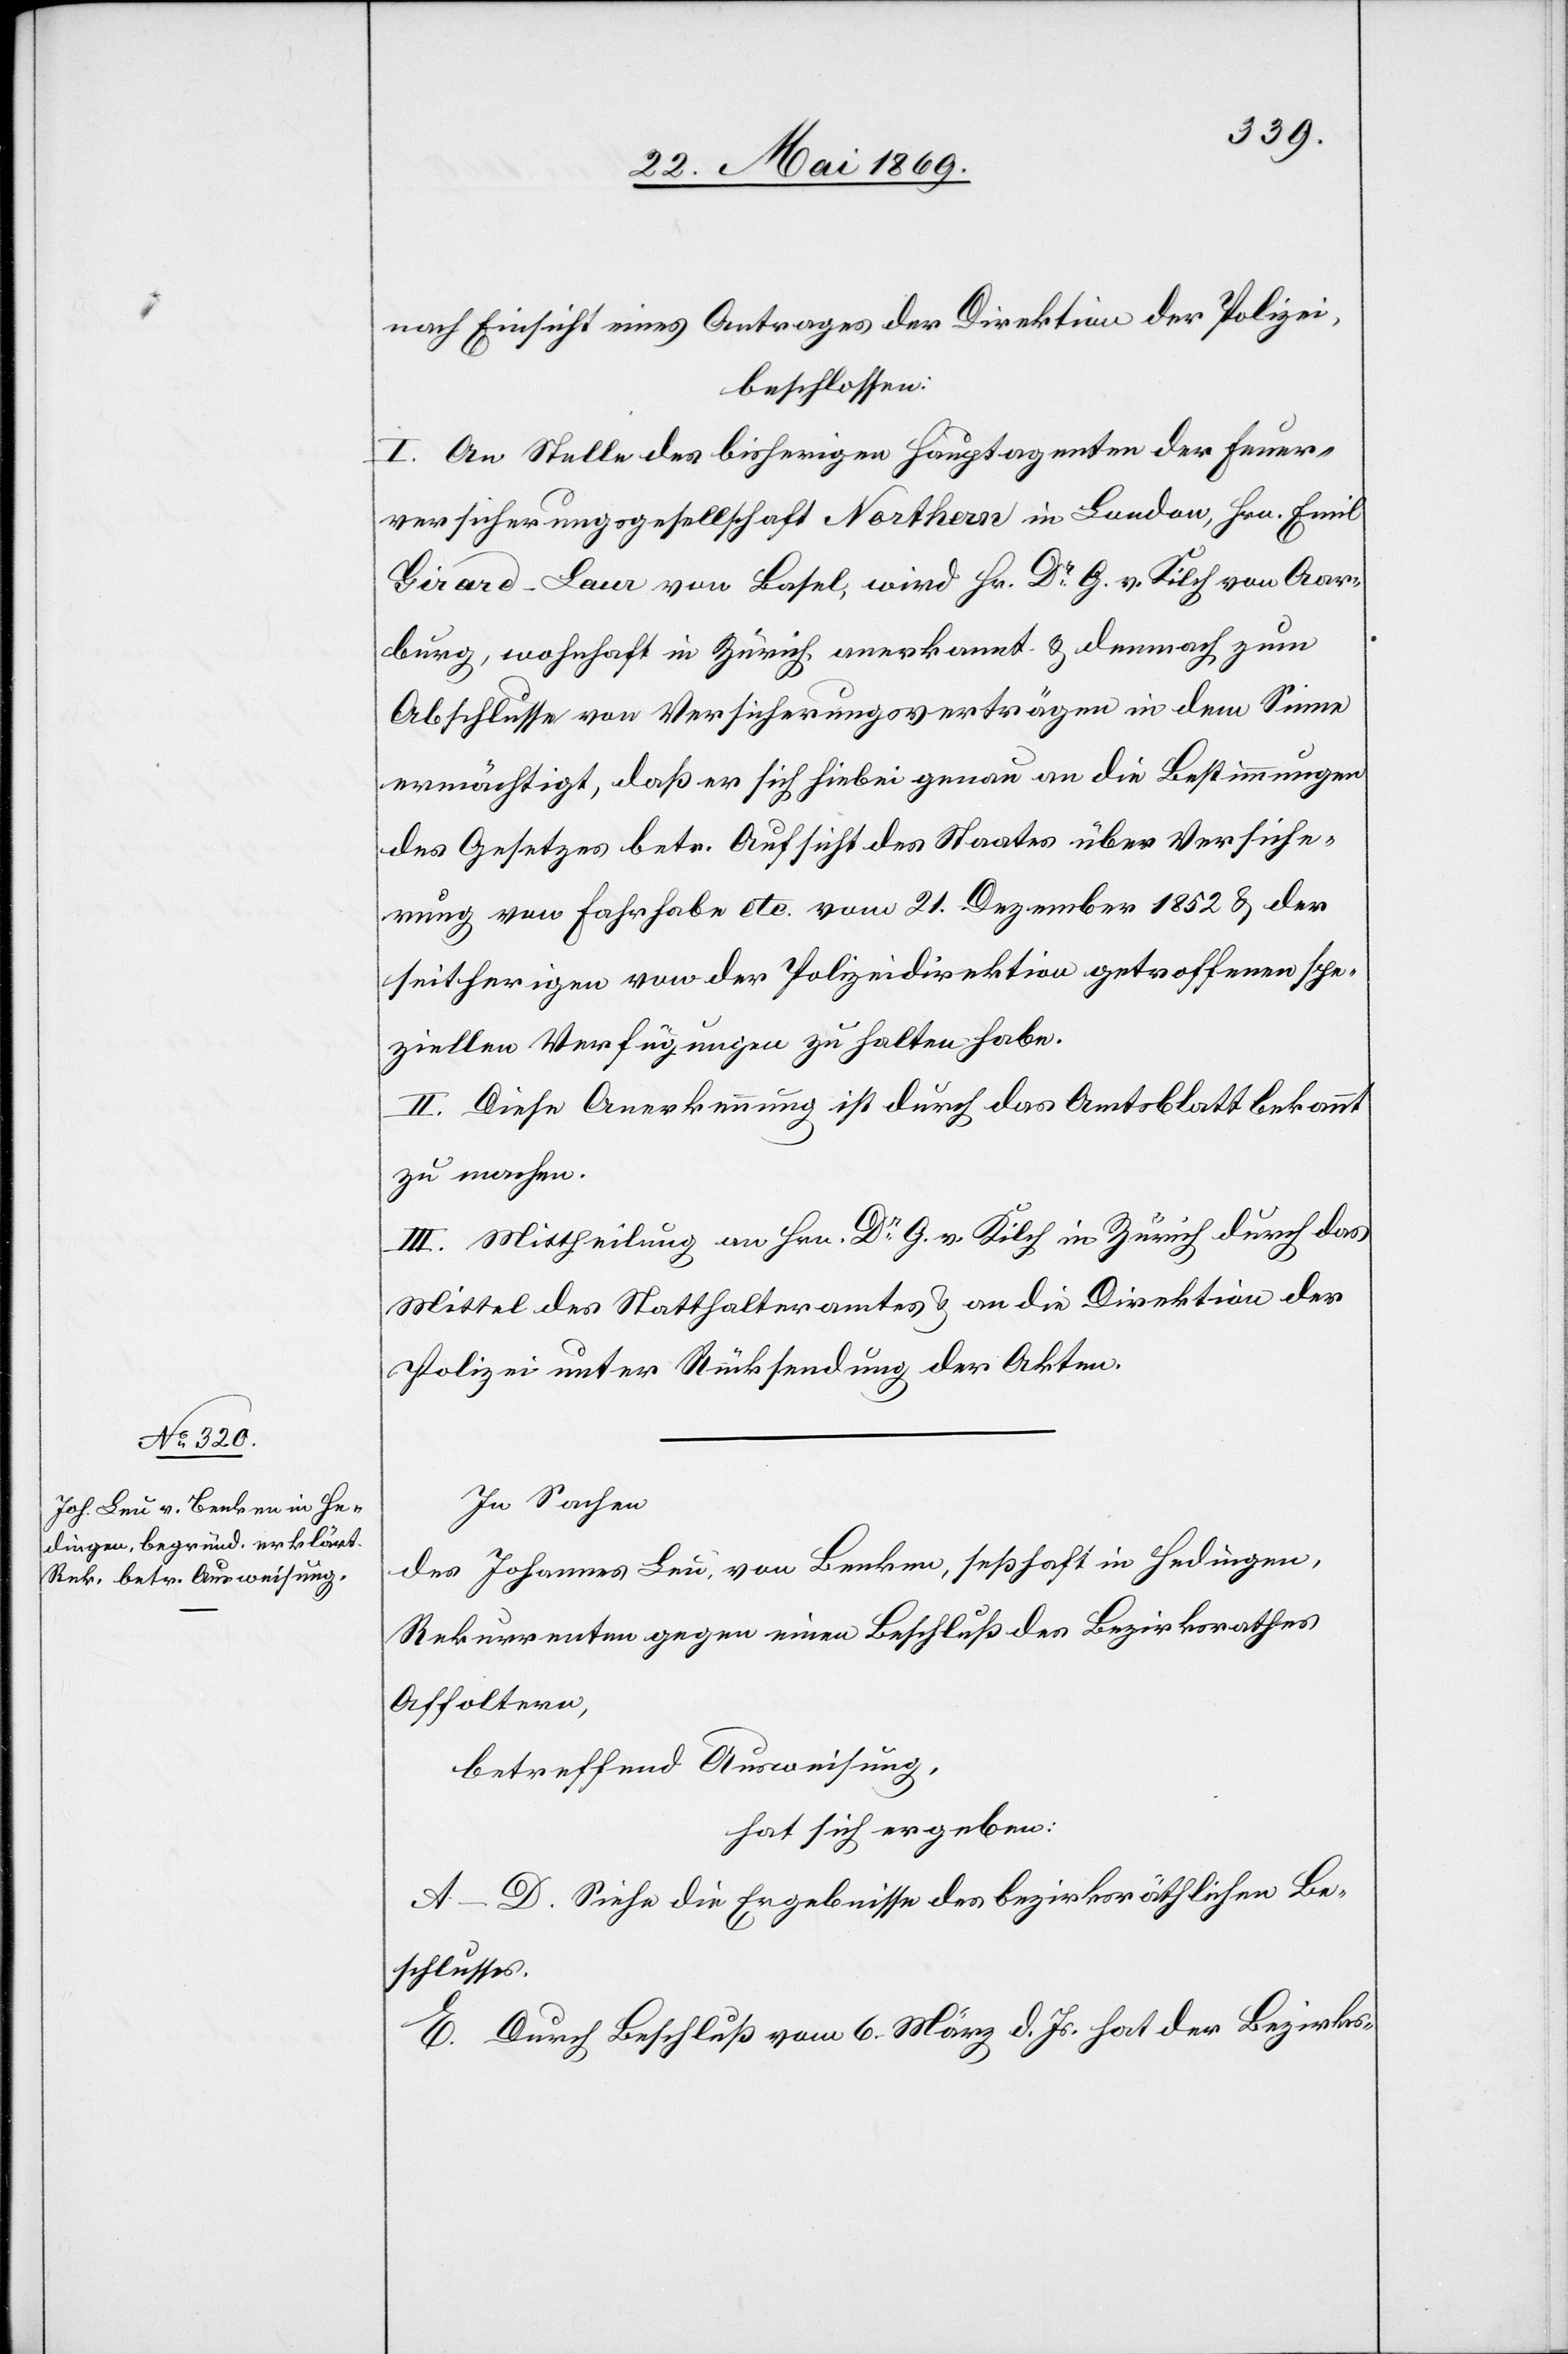
nach Einsicht eines Antrages der Direktion der Polizei,
beschlossen:
I. An Stelle des bisherigen Hauptagenten der Feuer¬
versicherungsgesellschaft Northern in London, Hrn. Emil
Giraud-Laur von Basel, wird Hr. Dr G. v. Kilch von Aar¬
burg, wohnhaft in Zürich, anerkannt u. demnach zum
Abschlusse von Versicherungsverträgen in dem Sinne
ermächtigt, daß er sich hiebei genau an die Bestimmungen
des Gesetzes betr. Aufsicht des Staates über Versiche¬
rung von Fahrhabe etc. vom 21. Dezember 1852 u. der
seitherigen von der Polizeidirektion getroffenen spe¬
ziellen Verfügungen zu halten habe.
II. Diese Anerkennung ist durch das Amtsblatte bekannt
zu machen.
III. Mittheilung an Hrn. Dr G. v. Kilch in Zürich durch das
Mittel des Statthalteramtes u. an die Direktion der
Polizei unter Rücksendung der Akten.
In Sachen
des Johannes Leu, von Benken, seßhaft in Hedingen,
Rekurrenten gegen einen Beschluß des Bezirksrathes
Affoltern,
betreffend Ausweisung,
hat sich ergeben:
A–D. Siehe die Ergebnisse des bezirksräthlichen Be¬
schlusses.
E. Durch Beschluß vom 6. März d. Js. hat der Bezirks-